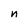
Character: n